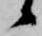
候